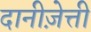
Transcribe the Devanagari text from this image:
दानीज़ेत्ती